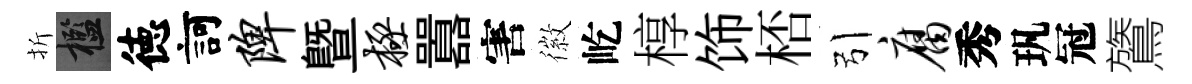
折檻徳訶陴暨极囂害徽屹椁饰桮引腐秀㺬冠鷟